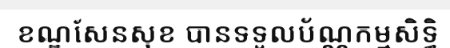
ខណ្ឌសែនសុខ បានទទួលប័ណ្ណកម្មសិទ្ធិ